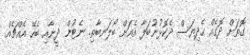
ގޮތަށް ދޮގެއް ހެދިޔަސް ދެކޮޅުނުބަލާ އެއަށް ބޯލަނބާތި. ނެޓުން ދީނާއި ބެހޭ އެއްޗެއް